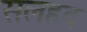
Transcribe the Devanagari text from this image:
सलहद